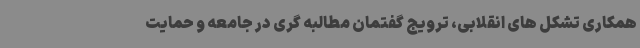
همکاری تشکل های انقلابی، ترویج گفتمان مطالبه گری در جامعه و حمایت